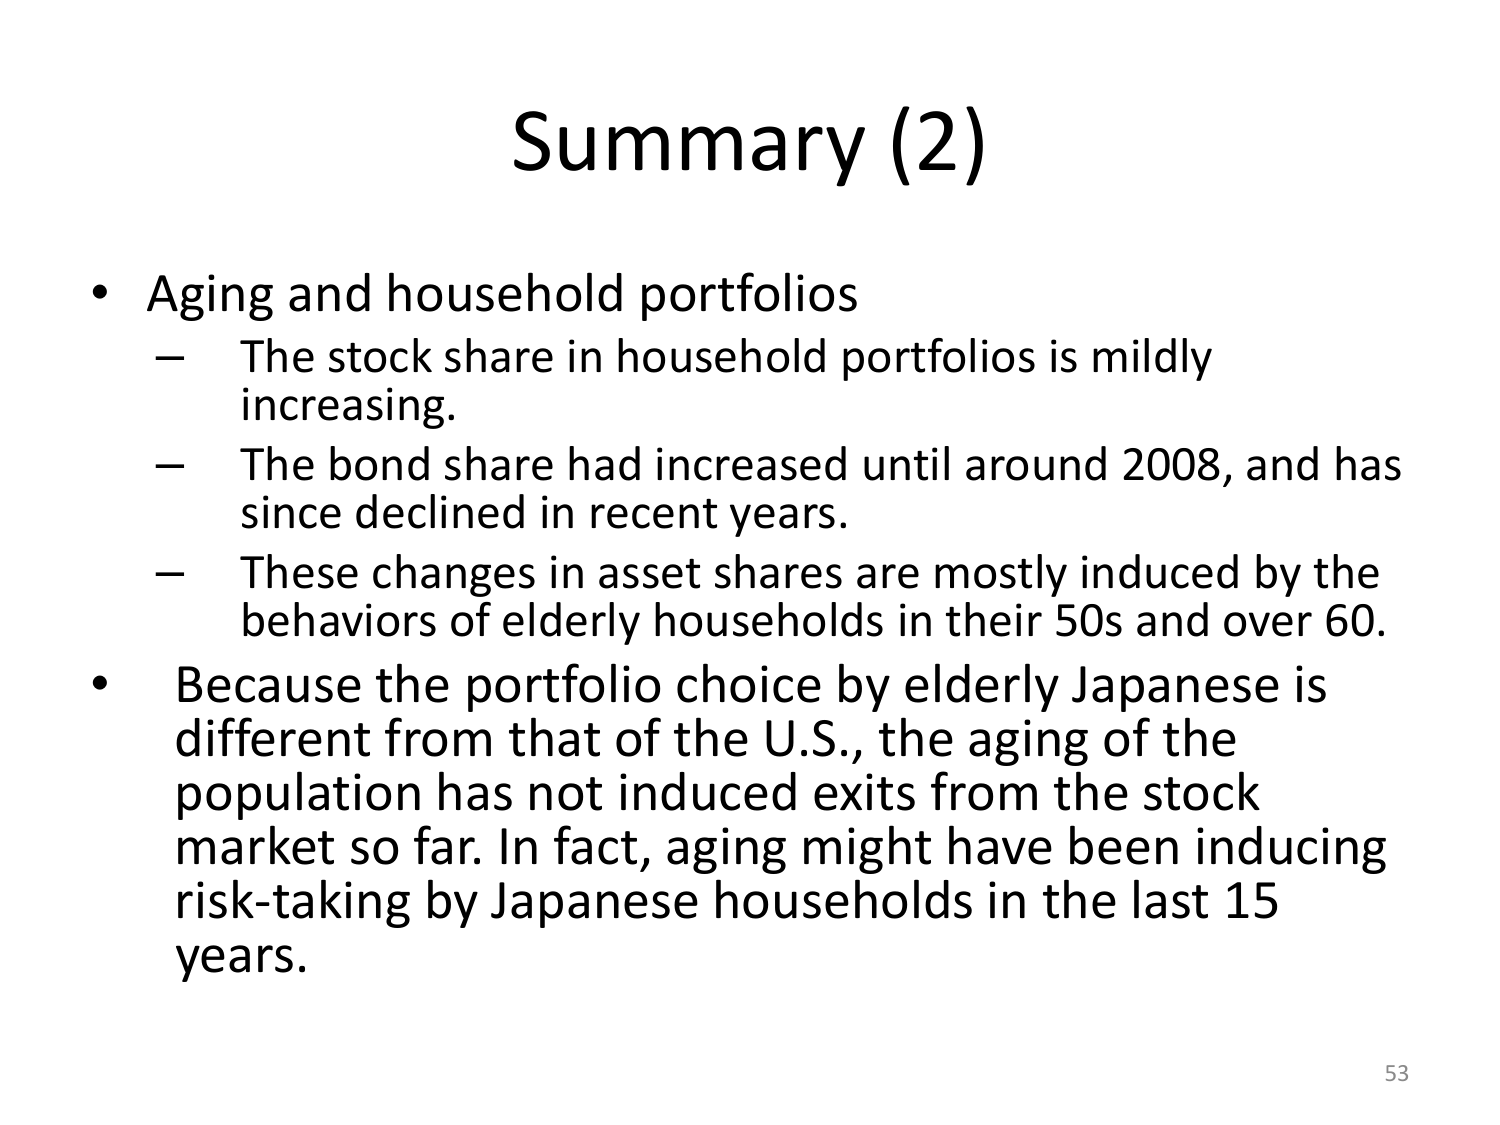
Summary (2)

• Aging and household portfolios
– The stock share in household portfolios is mildly increasing.
– The bond share had increased until around 2008, and has since declined in recent years.
– These changes in asset shares are mostly induced by the behaviors of elderly households in their 50s and over 60.

• Because the portfolio choice by elderly Japanese is different from that of the U.S., the aging of the population has not induced exits from the stock market so far. In fact, aging might have been inducing risk-taking by Japanese households in the last 15 years.

53